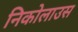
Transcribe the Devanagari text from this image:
निकोलाउस